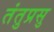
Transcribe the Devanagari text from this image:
तंतुप्रसु